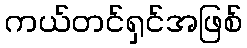
ကယ်တင်ရှင်အဖြစ်